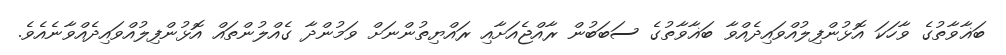
ބަޣާވާތުގެ ވާހަކަ އޮޅުންފިލުއްވައިދެއްވާ ބަޣާވާތުގެ ސަބަބުން ރާއްޖެއަށާއި ރައްޔިތުންނަށް ވަމުންދާ ގެއްލުންތައް އޮޅުންފިލުއްވައިދެއްވާނެއެވެ.